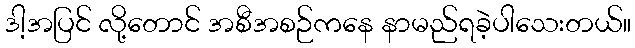
ဒါ့အပြင် လို့တောင် အစီအစဉ်ကနေ နာမည်ရခဲ့ပါသေးတယ်။